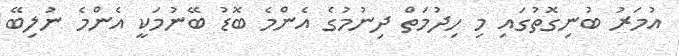
އުމަރު ބުނިގޮތުގައި މި ހިދުމަތް ދިނުމުގެ އެންމެ ބޮޑު ބޭނުމަކީ އެންމެ ނުލިބޭ